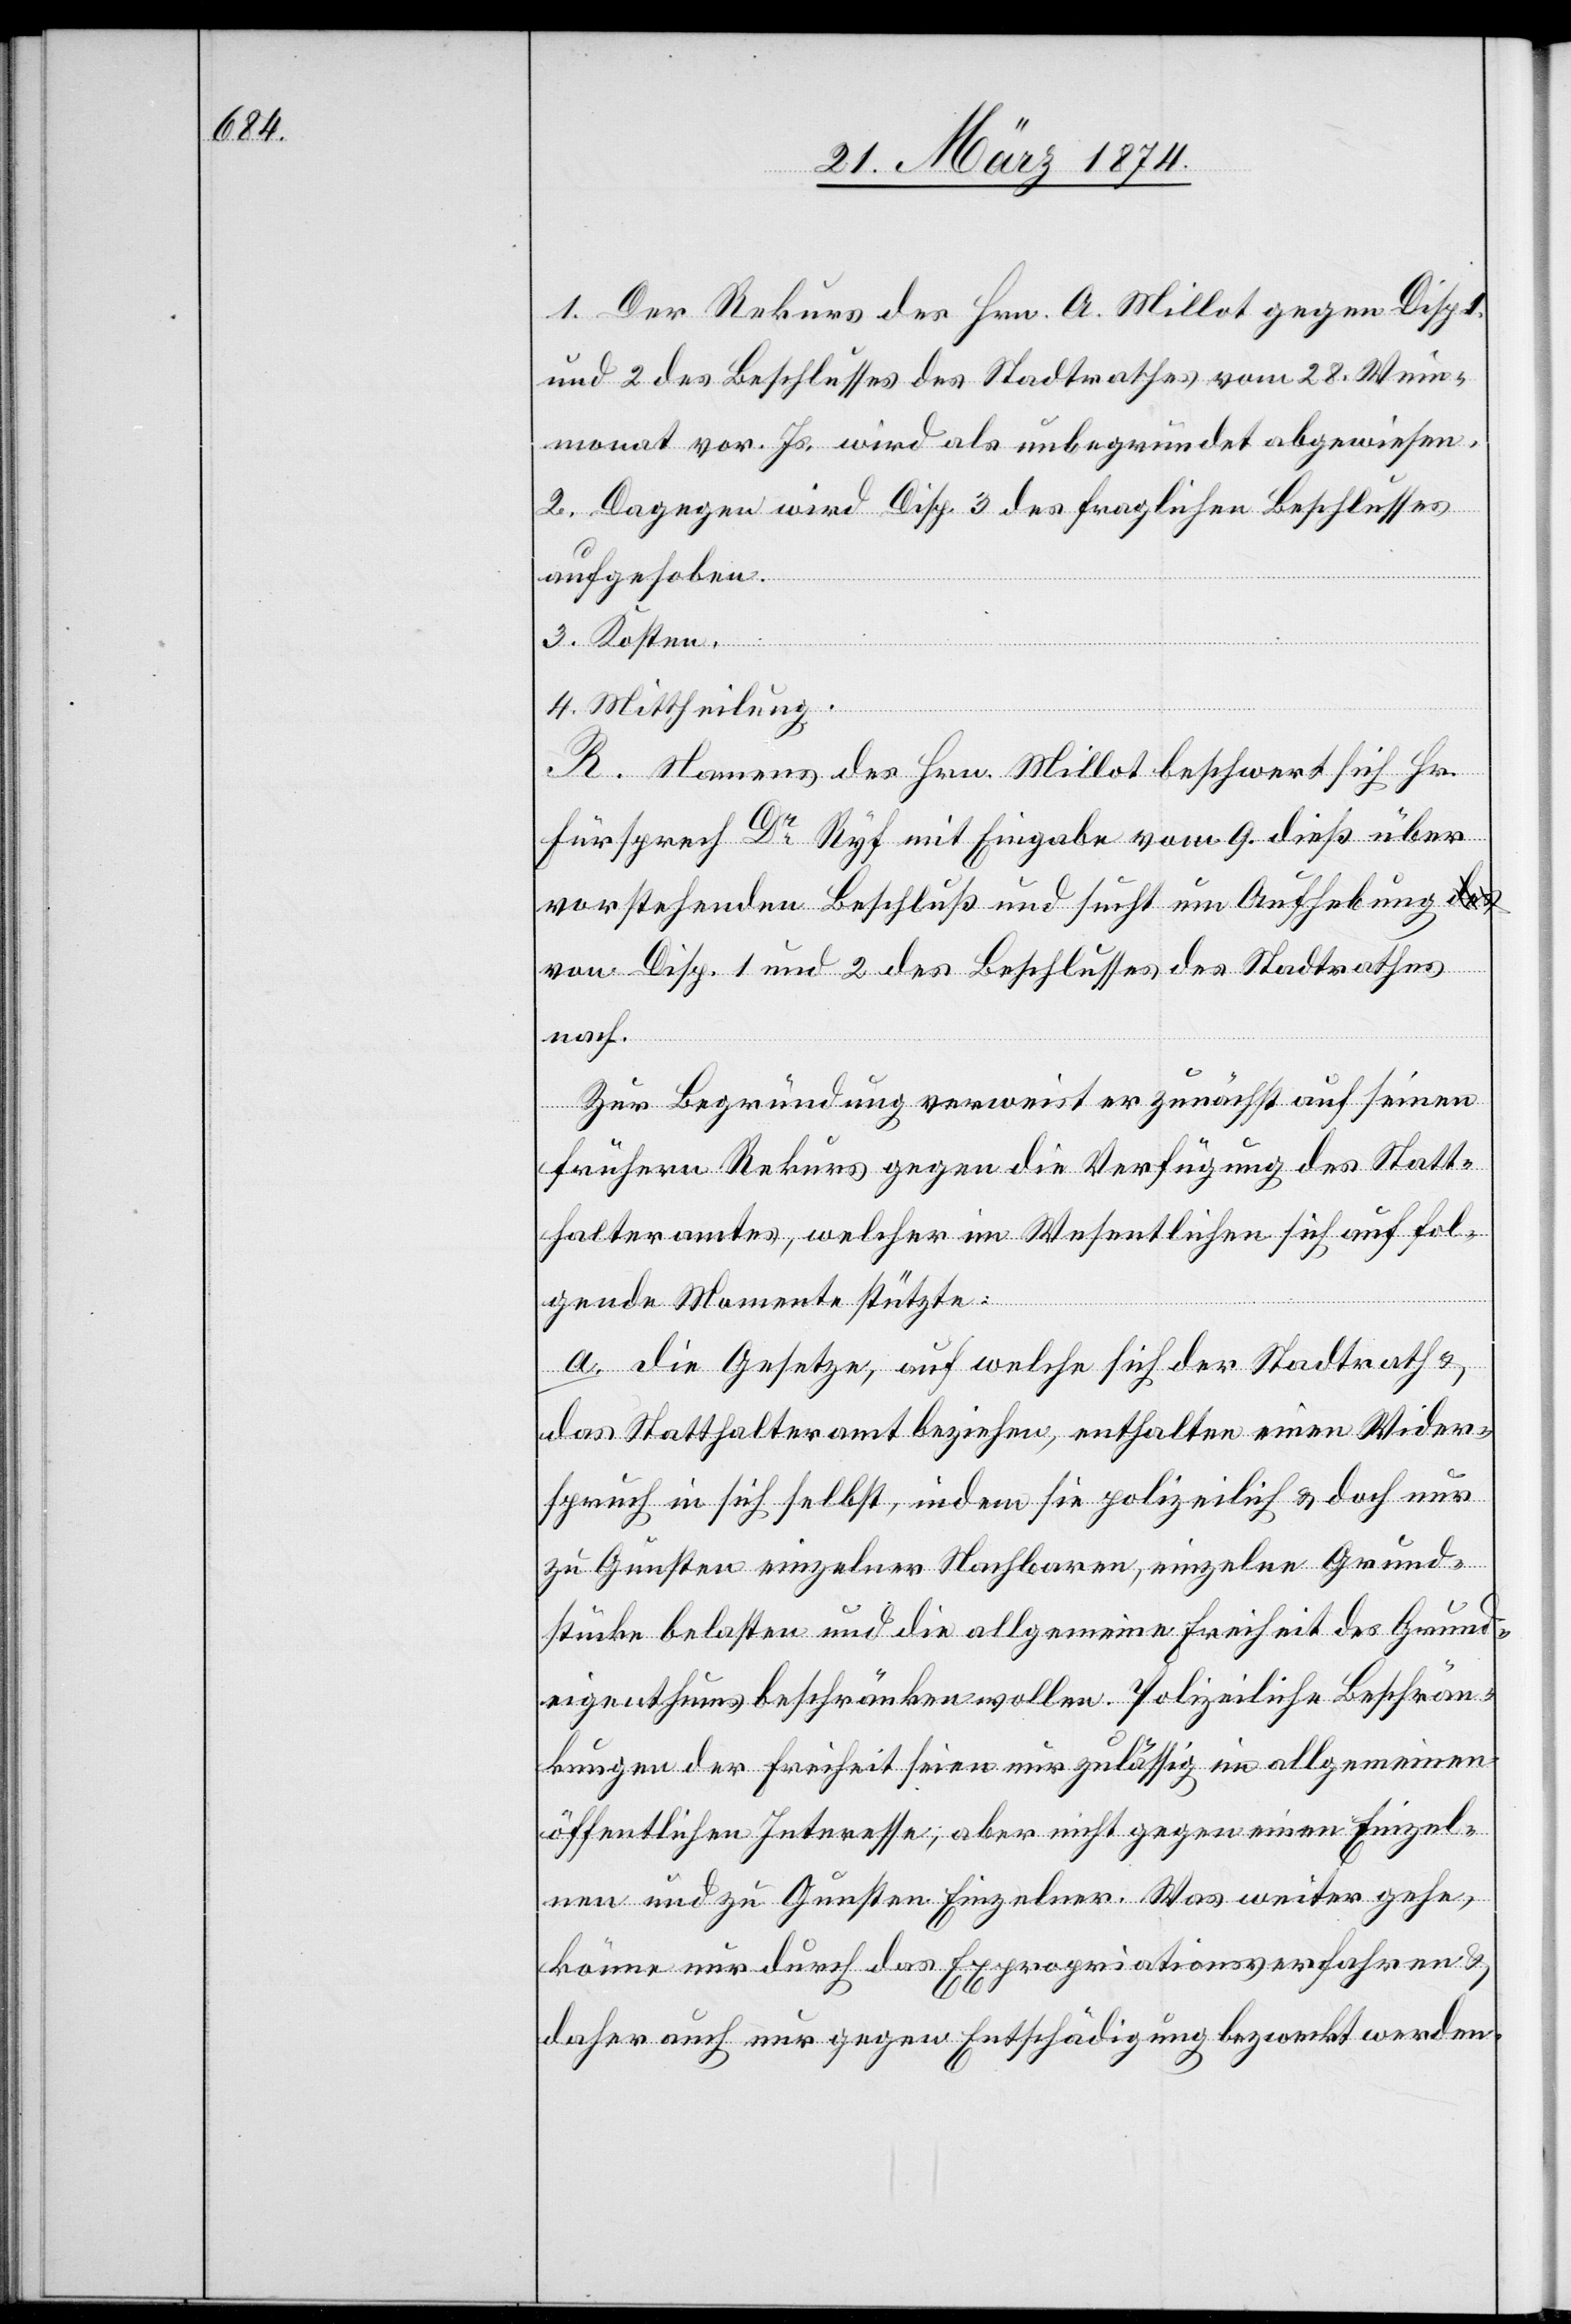
1. Der Rekurs des Hrn. A. Millot gegen Disp.
und 2 des Beschlusses des Stadtrathes vom 28. Wein¬
monat vor. Js. wird als unbegründet abgewiesen.
2. Dagegen wird Disp. 3 des fraglichen Beschlusses
aufgehoben.
3. Kosten.
4. Mittheilung.
R. Namens des Hrn. Millot beschwert sich Hr.
Fürsprech Dr Ryf mit Eingabe vom 9. dieß über
vorstehenden Beschluß und sucht um Aufhebung
von Disp. 1 und 2 des Beschlusses des Stadtrathes
nach.
Zur Begründung verweist er zunächst auf seinen
frühern Rekurs gegen die Verfügung des Statt¬
halteramtes, welcher im Wesentlichen sich auf fol¬
gende Momente stützte:
a. Die Gesetze, auf welche sich der Stadtrath u.
das Statthalteramt beziehen, enthalten einen Wider¬
spruch in sich selbst, indem sie polizeilich u. doch nur
zu Gunsten einzelner Nachbaren, einzelne Grund¬
stücke belasten und die allgemeine Freiheit des Grund¬
eigenthums beschränken wollen. Polizeiliche Beschrän¬
kungen der Freiheit seien nur zulässig im allgemeinen
öffentlichen Interesse, aber nicht gegen einen Einzel¬
nen und zu Gunsten Einzelner. Was weiter gehe,
könne nur durch das Expropriationsverfahren u.
daher auch nur gegen Entschädigung bezweckt werden.